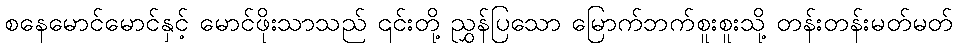
စနေမောင်မောင်နှင့် မောင်ဖိုးသာသည် ၎င်းတို့ ညွှန်ပြသော မြောက်ဘက်စူးစူးသို့ တန်းတန်းမတ်မတ်